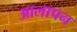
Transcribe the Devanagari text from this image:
आलापन